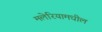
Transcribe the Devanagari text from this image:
मलेरियामधील